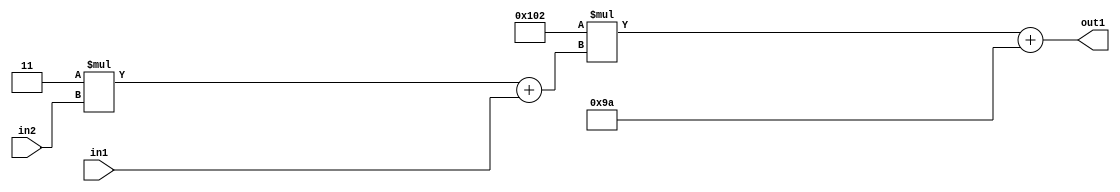
`timescale 1ps / 1ps
/*****************************************************************************
    Verilog RTL Description
    
    
    Created by: Stratus DpOpt 2019.1.01 
*******************************************************************************/

module DC_Filter_Add2i154Mul2i258Add2u1Mul2i3u2_4 (
	in2,
	in1,
	out1
	); /* architecture "behavioural" */ 
input [1:0] in2;
input  in1;
output [11:0] out1;
wire [11:0] asc001;
wire [3:0] asc002;

wire [3:0] asc002_tmp_0;
assign asc002_tmp_0 = 
	+(4'B0011 * in2);
assign asc002 = asc002_tmp_0
	+(in1);

wire [11:0] asc001_tmp_1;
assign asc001_tmp_1 = 
	+(12'B000100000010 * asc002);
assign asc001 = asc001_tmp_1
	+(12'B000010011010);

assign out1 = asc001;
endmodule

/* CADENCE  v7X3SQA= : u9/ySgnWtBlWxVPRXgAZ4Og= ** DO NOT EDIT THIS LINE ******/